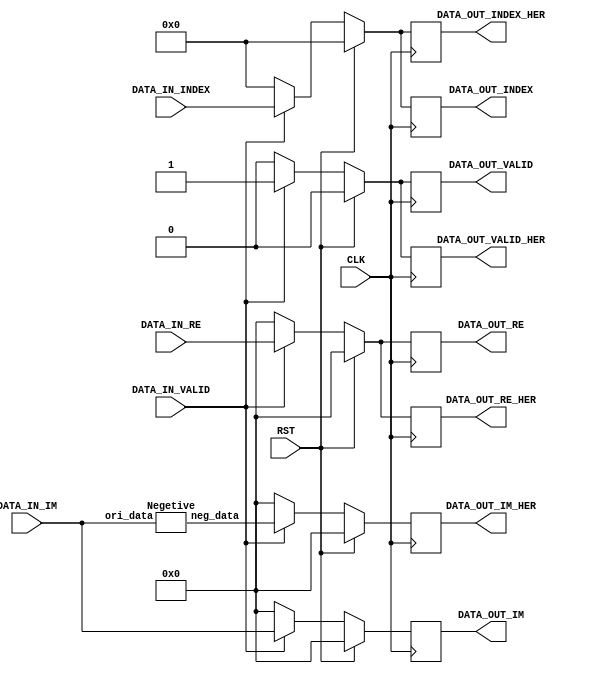
// =============================================================================
// Affiliation: Hong Kong University of Science and Technology
// Description: Mapping the signal from one path to two. one of output is the original signaland the other path is the hermitian 
// -----------------------------------------------------------------------------
`timescale 1 ns / 1 ps
module HermitianMapping(
	input CLK,
	input RST,
	input [27:0] DATA_IN_RE,
	input [27:0] DATA_IN_IM,
	input [15:0] DATA_IN_INDEX,
	input DATA_IN_VALID,
	output reg [27:0] DATA_OUT_RE,
	output reg [27:0] DATA_OUT_IM,
	output reg [15:0] DATA_OUT_INDEX,
	output reg DATA_OUT_VALID, 
	output reg [27:0] DATA_OUT_RE_HER,
	output reg [27:0] DATA_OUT_IM_HER,
	output reg [15:0] DATA_OUT_INDEX_HER,
	output reg DATA_OUT_VALID_HER
);

wire [27:0] data_im_neg_temp;
Negetive Negetive_inst(
	.ori_data(DATA_IN_IM),
	.neg_data(data_im_neg_temp)
	);
always @ (posedge CLK)
    begin
        if(RST)
            begin
        	   DATA_OUT_IM <= 28'd0;
        	   DATA_OUT_RE <= 28'd0;
        	   DATA_OUT_INDEX <= 16'd0;
        	   DATA_OUT_VALID <= 1'b0;
        	   DATA_OUT_IM_HER <= 28'd0;
        	   DATA_OUT_RE_HER <= 28'd0;
        	   DATA_OUT_INDEX_HER <= 16'd0;
        	   DATA_OUT_VALID_HER <= 1'b0;
            end
        else
            begin
        	   if(DATA_IN_VALID) 
        	    begin
        	    	DATA_OUT_VALID <= DATA_IN_VALID;
        	   		DATA_OUT_INDEX <= DATA_IN_INDEX; //the 0~4 subcarrier carry nothing. 
        	   		DATA_OUT_RE <= DATA_IN_RE;
        	   		DATA_OUT_IM <= DATA_IN_IM;
        	    	DATA_OUT_VALID_HER <= DATA_IN_VALID;
        	   		DATA_OUT_INDEX_HER <= DATA_IN_INDEX;
        	   		DATA_OUT_RE_HER <= DATA_IN_RE;
        	   		DATA_OUT_IM_HER <= data_im_neg_temp;
        	   	end
        	   else 
        	   	begin
        	   		DATA_OUT_IM <= 28'd0;
        	   		DATA_OUT_RE <= 28'd0;
        	   		DATA_OUT_INDEX <= 16'd0;
        	   		DATA_OUT_VALID <= 1'b0;
        	   		DATA_OUT_IM_HER <= 28'd0;
        	   		DATA_OUT_RE_HER <= 28'd0;
        	   		DATA_OUT_INDEX_HER <= 16'd0;
        	   		DATA_OUT_VALID_HER <= 1'b0;        	   		
        	   	end
            end
    end

endmodule

//this is the sub module used to get the negetive number
module Negetive(
		input [27:0] ori_data,
		output reg [27:0] neg_data
);
always@(*)
begin
    if (ori_data == 0) 
        begin
           neg_data <= 28'd0;
        end
    else 
        begin
            if (ori_data[27] == 1) 
                begin
                    neg_data <= {1'b0,~(ori_data[26:0] - 1'b1)};
                end
            else 
                begin
                    neg_data <= {1'b1,~ori_data[26:0] + 1'b1};
                end             
        end
end
endmodule